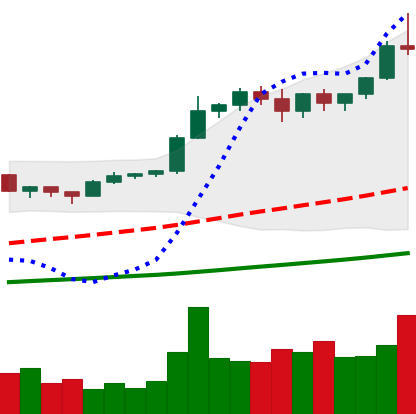
Ticker: BTC-USD
Chart end date: 2020-12-27
Forward return: 11.807%
Label: up_7plus